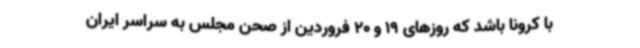
با کرونا باشد که روزهای 19 و 20 فروردین از صحن مجلس به سراسر ایران